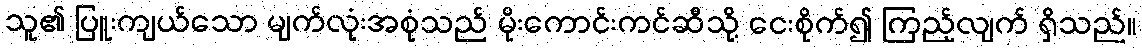
သူ၏ ပြူးကျယ်သော မျက်လုံးအစုံသည် မိုးကောင်းကင်ဆီသို့ ငေးစိုက်၍ ကြည့်လျက် ရှိသည်။